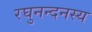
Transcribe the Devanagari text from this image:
रघुनन्दनस्य